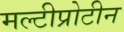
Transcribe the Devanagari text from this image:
मल्टीप्रोटीन